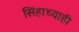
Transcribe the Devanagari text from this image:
सिंहाच्याही